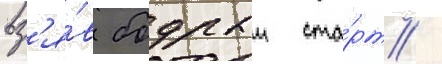
вз'я́в бодрыи ста́рт /